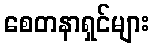
စေတနာရှင်များ